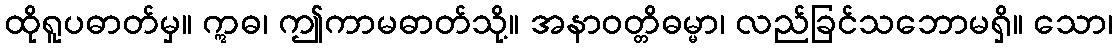
ထိုရူပဓာတ်မှ။ ဣဓ၊ ဤကာမဓာတ်သို့။ အနာဝတ္တိဓမ္မာ၊ လည်ခြင်သဘောမရှိ။ သော၊